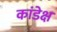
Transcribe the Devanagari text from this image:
कांडेक्ष